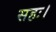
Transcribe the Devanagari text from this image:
सहः।